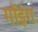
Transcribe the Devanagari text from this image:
गॉइंग